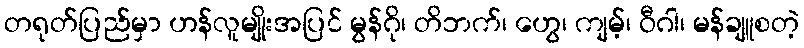
တရုတ်ပြည်မှာ ဟန်လူမျိုးအပြင် မွန်ဂို၊ တိဘက်၊ ဟွေ၊ ကျမ့်၊ ဝီဂါ၊ မန်ချူစတဲ့